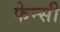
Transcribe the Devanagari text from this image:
फेन्सी